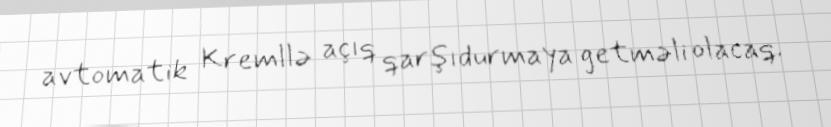
avtomatik Kremllə açıq qarşıdurmaya getməli olacaq.